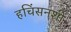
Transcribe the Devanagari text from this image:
हचिंसनशी